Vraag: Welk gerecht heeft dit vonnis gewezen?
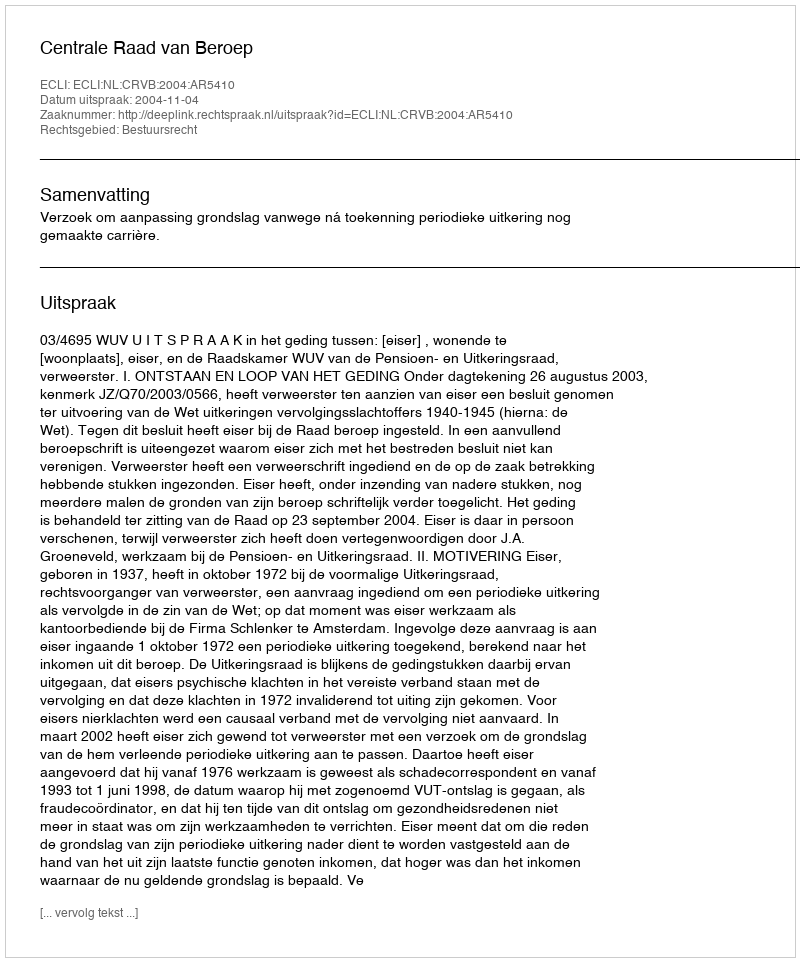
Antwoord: Centrale Raad van Beroep